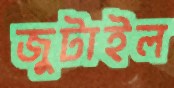
জুটাইল